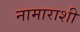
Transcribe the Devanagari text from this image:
नामाराशी